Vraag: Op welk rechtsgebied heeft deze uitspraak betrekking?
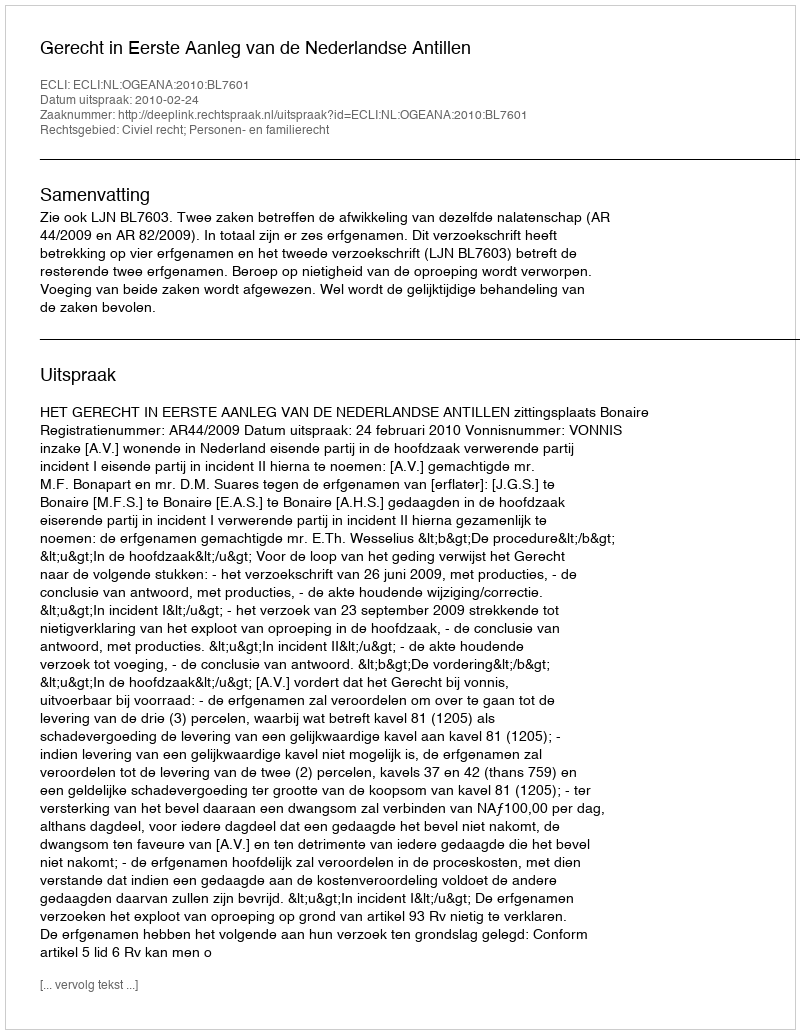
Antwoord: Civiel recht; Personen- en familierecht